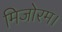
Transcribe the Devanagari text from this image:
मिजोरम।